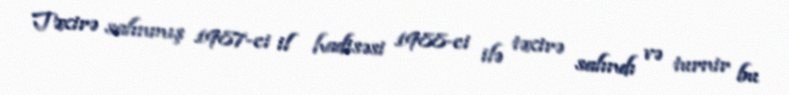
Təxirə salınmış 1987-ci il hadisəsi 1988-ci ilə təxirə salındı və turnir bu